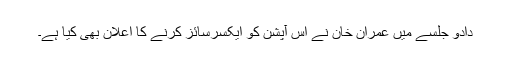
دادو جلسے میں عمران خان نے اس آپشن کو ایکسرسائز کرنے کا اعلان بھی کیا ہے۔